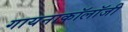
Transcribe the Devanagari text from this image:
गायनाकॉलॉजी